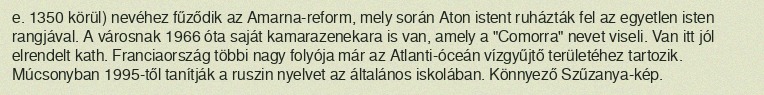
e. 1350 körül) nevéhez fűződik az Amarna-reform, mely során Aton istent ruházták fel az egyetlen isten rangjával. A városnak 1966 óta saját kamarazenekara is van, amely a "Comorra" nevet viseli. Van itt jól elrendelt kath. Franciaország többi nagy folyója már az Atlanti-óceán vízgyűjtő területéhez tartozik. Múcsonyban 1995-től tanítják a ruszin nyelvet az általános iskolában. Könnyező Szűzanya-kép.